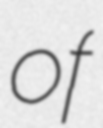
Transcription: of